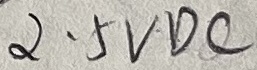
Text: 2.5VDC